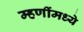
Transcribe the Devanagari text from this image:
म्हणींमध्ये